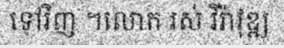
ទៅវិញ ។លោក រស់ វីរ៉ាវុឌ្ឍ